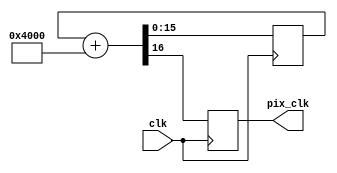
module vgaClk(
	      input wire  clk,
	      output wire pix_clk);
   
   reg [15:0] 		  counter;
   reg 			  pix_stb;

   always @(posedge clk)
     {pix_stb, counter} <= counter + 16'h4000;

   assign pix_clk = pix_stb;

endmodule // end of vgaClk